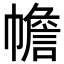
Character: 幨